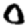
Digit: 0